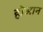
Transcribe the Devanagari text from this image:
होआन